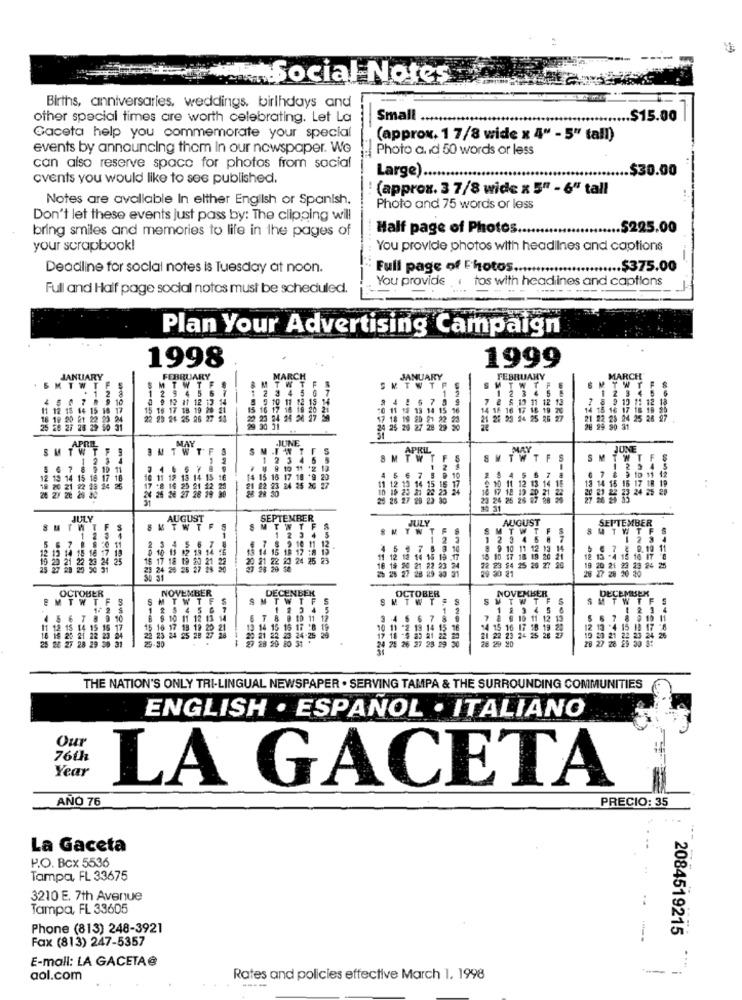
Social Notes
Births, anniversaries, weddings, birthdays and
other special times are worth celebrating. Let La
Small .
.$15.00
Gaceta help you commemorate your special
(approx. 1 7/8 wide x 4" - 5" tall)
events by announcing them In our newspaper. We
Photo a. id 50 words or less
can also reserve space for photos from social
Large).
$30.00
cvents you would like to see published.
: (approx. 3 7/8 wide x 5" - 6" tall
Notes are avallable In elther English or Spanish.
Photo and 75 words or less
Don't let these events just pass by: The clipping will
bring smiles and memories to life in the pages of
Half page of Photos.
.$225.00
your scrapbook!
You provide photos with headlines and captions
..... .. ...
Deadline for social notes is Tuesday at noon.
Full page of Photos .................
... $375.00
-
You provide .. tos with headlines and captions
Full and Half page social notes must be scheduled.
Plan Your Advertising Campaign
1998
1999
JANUARY
FEBRUARY
MARCH
JANUARY
FEBRUARY
MARCH
BMTWT
SKIWTF
1 5
IWT
10
, !
15
15 16 17 18 19 20 21
11 19 13 14 1
14 12 1
17 18 19
22 9
99 26 26 26 27 53
LORS
19 20 9
21 22 23 24
86 27
2 25
4 25 20
*===
P ===
24
$ 29 27 28 29
99 50 31
JUNE
APRIL
MAY
W'T
FS
JUNE
-
F
-
W'TF
11
2 4 6
.
4
2
4
2
10 11
3 14 15 16
$ 15 16 17 18 *
15 15
10 11 12 1
3 14 15
14 15
..
28 28 30
LONOR
15
내용1●特公司
26
26 26 26 29
=====
JULY
AUGUS
SEPTEMBER
JULY
JUST
SEPTEMBER
SMTWTF
MT
SMYWT
SMTWTF S
SMTWTF
5 6 7
8 9 50 11
4
11 12
1
1 2 3 4 5 6 7
1 2 3 1
15 18 17
2 19 14
6 T
$3 14 15 1
7
5 3 10
8 9 10 11 12 13 1
@ 7 : 0.10 11
20 21
2 20 24 25
20 21
24 25 23
16
11 12
$4 15
15 10 17
8 19 20 21
21
-4:15
25 27 28
25 50 31
20 28
0 -285
21 27
23
4 25 26 27 20
28 27 28 20 20
19 20 21 20 23 24 25
OCTOBER
DECENBER
OCTOBER
NOVEMBER
T
UL
F
SMTWT
M
S
SMTWTS
MTWTF
S
SMIWTF
DECEMBER
1
4 5
1 2345 6
456789 10
12
T
3 46 6 7
11 12 13
5
11 12 15 14 15 16 17
15
13 12
15 1: * 8
10 11 *2 13 14
15
14 15 16 IF 18
19 21
28
15
25 28 27 28
20 21 22
27 28 29 38 31
23
23
23 24-25
25 26 27 23 29
21 22 23 24 25
20 21
THE NATION'S ONLY TRI-LINGUAL NEWSPAPER . SERVING TAMPA & THE SURROUNDING COMMUNITIES
ENGLISH . ESPAÑOL . ITALIANO
Our
76th
Year
LA GACETA
ANO 76
PRECIO: 35
La Gaceta
P.O. Box 5536
Tampa, FL 33675
3210 E. 7th Avenue
Tampa, FL 33605
Phone (813) 248-3921
2084519215
Fax (813) 247-5357
----
E-mail: LA GACETA@
aol.com
Rates and policies effective March 1. 1998
----